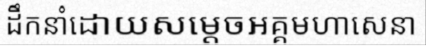
ដឹកនាំដោយសម្តេចអគ្គមហាសេនា